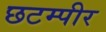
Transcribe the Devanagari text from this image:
छटम्पीर